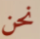
نحن